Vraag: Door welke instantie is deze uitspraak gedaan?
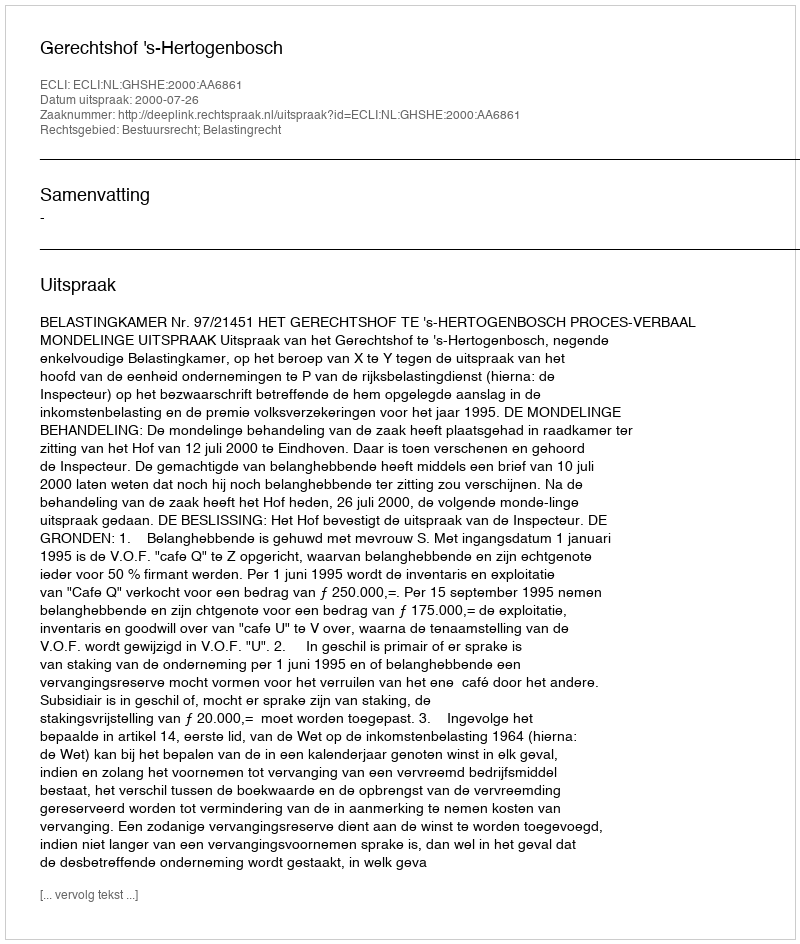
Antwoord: Gerechtshof 's-Hertogenbosch